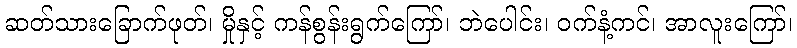
ဆတ်သားခြောက်ဖုတ်၊ မှိုနှင့် ကန်စွန်းရွက်ကြော်၊ ဘဲပေါင်း၊ ဝက်နံ့ကင်၊ အာလူးကြော်၊